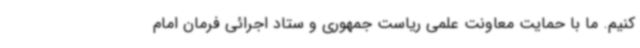
کنیم. ما با حمایت معاونت علمی ریاست جمهوری و ستاد اجرائی فرمان امام